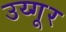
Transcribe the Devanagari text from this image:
उय्गूर